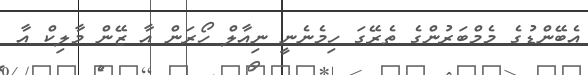
އެބޭންޑުގެ މެމްބަރުންގެ ތެރޭގަ ހިމެނެނީ ނިއާލް ހޯރަން އާ ޒޭން މާލިކް އާ